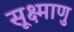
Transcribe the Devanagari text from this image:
सूक्ष्माणु